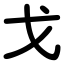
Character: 戈